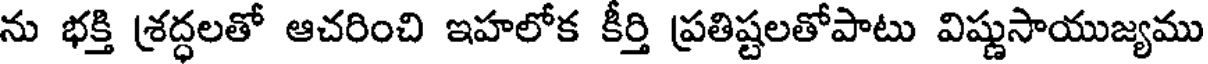
ను భక్తి శ్రద్ధలతో ఆచరించి ఇహలోక కీర్తి ప్రతిష్టలతోపాటు విష్ణుసాయుజ్యము